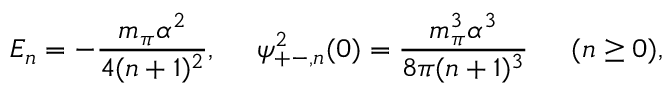
E _ { n } = - \frac { m _ { \pi } \alpha ^ { 2 } } { 4 ( n + 1 ) ^ { 2 } } , \ \ \ \ \psi _ { + - , n } ^ { 2 } ( 0 ) = \frac { m _ { \pi } ^ { 3 } \alpha ^ { 3 } } { 8 \pi ( n + 1 ) ^ { 3 } } \ \ \ \, \ ( n \geq 0 ) ,